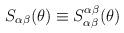
LaTeX: \begin{align*}S_{\alpha \beta }(\theta )\equiv S_{\alpha \beta }^{\alpha \beta }(\theta )\end{align*}